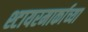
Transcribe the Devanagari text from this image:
श्टायरमार्काच्या